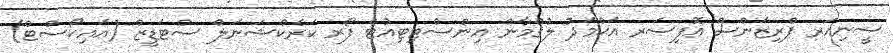
ސީނިއަރ ޕްރިޒަންސް އޮފިސަރ އަޙްމަދު ލުޤްމާން އިންސްޓިޓިއުޓް ފޯރ ކަރެކްޝަނަލް ސްޓަޑީޒް (އައިކޯސްޓް)